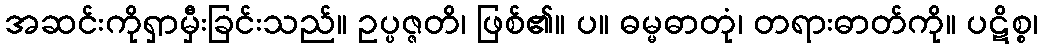
အဆင်းကိုရှာမှီးခြင်းသည်။ ဥပ္ပဇ္ဇတိ၊ ဖြစ်၏။ ပ။ ဓမ္မဓာတုံ၊ တရားဓာတ်ကို။ ပဋိစ္စ၊